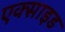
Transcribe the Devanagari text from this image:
एक्साइड